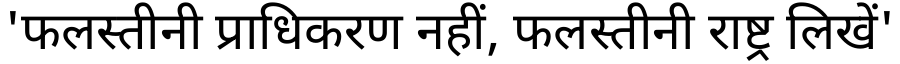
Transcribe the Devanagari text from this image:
'फलस्तीनी प्राधिकरण नहीं, फलस्तीनी राष्ट्र लिखें'